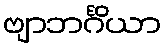
ဗျာဘင်္ဂိယာ